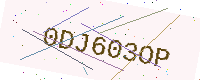
Text: 0DJ603OP